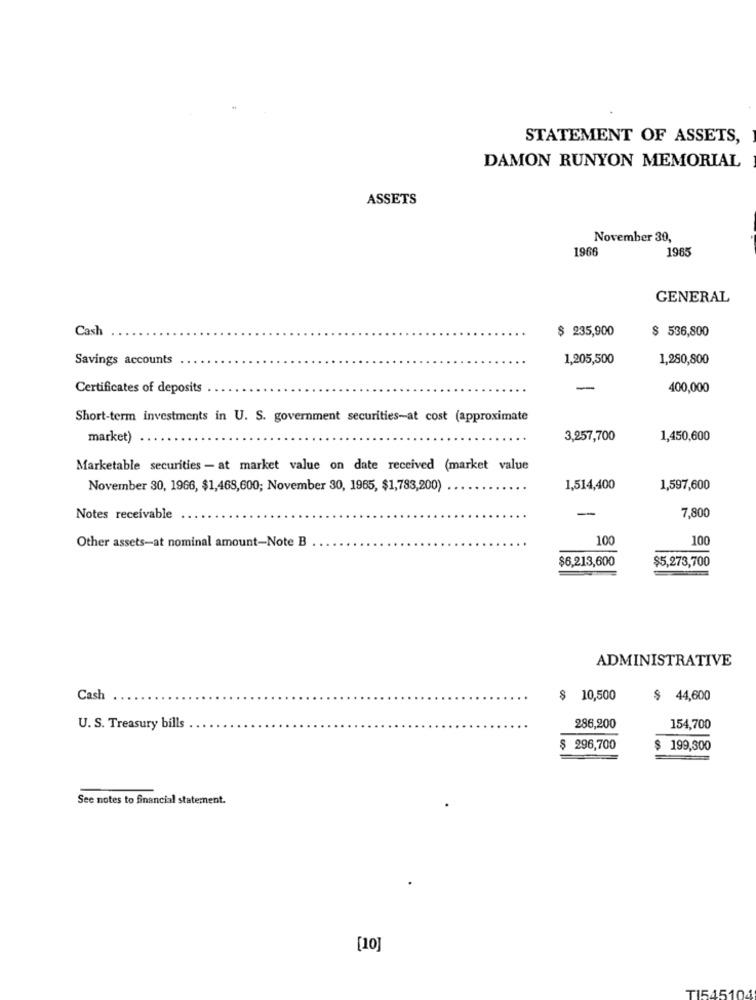
STATEMENT OF ASSETS,
DAMON RUNYON MEMORIAL
ASSETS
November 30,
1966
1965
GENERAL
Cash
$ 235,900
$ 536,800
Savings accounts
1,205,500
1,280,800
Certificates of deposits
-
400,000
Short-term investments in U. S. government securities-at cost (approximate
market)
3,257,700
1,450,600
Marketable securities - at market value on date received (market value
November 30, 1966, $1,468,600; November 30, 1965, $1,783,200)
1,514,400
1,597,600
-
Notes receivable
7,800
100
100
Other assets-at nominal amount-Note B
$6,213,600
$5,273,700
ADMINISTRATIVE
Cash
$ 10,500
$ 44,600
U. S. Treasury bills
286,200
154,700
$ 296,700
$ 199,300
See notes to financial statement.
[10]
TI545104